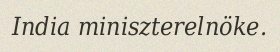
India miniszterelnöke.